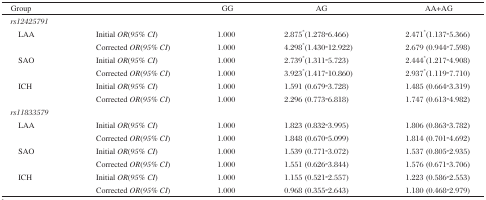
<table><thead><tr><td><b>Group</b></td><td></td><td><b>GG</b></td><td><b>AG</b></td><td><b>AA±AG</b></td></tr></thead><tbody><tr><td><i>rs12425791</i></td><td></td><td></td><td></td><td></td></tr><tr><td rowspan="2"> LAA</td><td>Initial <i>OR</i> (<i>95% CI</i>)</td><td>1.000</td><td>2.875*(1.278-6.466)</td><td>2.471*(1.137-5.366)</td></tr><tr><td>Corrected <i>OR</i> (<i>95% CI</i>)</td><td>1.000</td><td>4.298*(1.430-12.922)</td><td>2.679 (0.944-7.598)</td></tr><tr><td rowspan="2"> SAO</td><td>Initial <i>OR</i> (<i>95% CI</i>)</td><td>1.000</td><td>2.739*(1.311-5.723)</td><td>2.444*(1.217-4.908)</td></tr><tr><td>Corrected <i>OR</i> (<i>95% CI</i>)</td><td>1.000</td><td>3.923*(1.417-10.860)</td><td>2.937*(1.119-7.710)</td></tr><tr><td rowspan="2"> ICH</td><td>Initial <i>OR</i> (<i>95% CI</i>)</td><td>1.000</td><td>1.591 (0.679-3.728)</td><td>1.485 (0.664-3.319)</td></tr><tr><td>Corrected <i>OR</i> (<i>95% CI</i>)</td><td>1.000</td><td>2.296 (0.773-6.818)</td><td>1.747 (0.613-4.982)</td></tr><tr><td><i>rs11833579</i></td><td></td><td></td><td></td><td></td></tr><tr><td rowspan="2"> LAA</td><td>Initial <i>OR</i> (<i>95% CI</i>)</td><td>1.000</td><td>1.823 (0.832-3.995)</td><td>1.806 (0.863-3.782)</td></tr><tr><td>Corrected <i>OR</i> (<i>95% CI</i>)</td><td>1.000</td><td>1.848 (0.670-5.099)</td><td>1.814 (0.701-4.692)</td></tr><tr><td rowspan="2"> SAO</td><td>Initial <i>OR</i> (<i>95% CI</i>)</td><td>1.000</td><td>1.539 (0.771-3.072)</td><td>1.537 (0.805-2.935)</td></tr><tr><td>Corrected <i>OR</i> (<i>95% CI</i>)</td><td>1.000</td><td>1.551 (0.626-3.844)</td><td>1.576 (0.671-3.706)</td></tr><tr><td rowspan="2"> ICH</td><td>Initial <i>OR</i> (<i>95% CI</i>)</td><td>1.000</td><td>1.155 (0.521-2.557)</td><td>1.223 (0.586-2.553)</td></tr><tr><td>Corrected <i>OR</i> (<i>95% CI</i>)</td><td>1.000</td><td>0.968 (0.355-2.643)</td><td>1.180 (0.468-2.979)</td></tr></tbody></table>